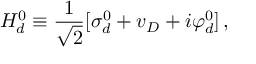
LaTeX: H _ { d } ^ { 0 } \equiv { \frac { 1 } { \sqrt { 2 } } } [ \sigma _ { d } ^ { 0 } + v _ { D } + i \varphi _ { d } ^ { 0 } ] \, , \quad